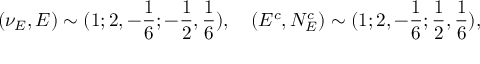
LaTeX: ( \nu _ { E } , E ) \sim ( 1 ; 2 , - { \frac { 1 } { 6 } } ; - { \frac { 1 } { 2 } } , { \frac { 1 } { 6 } } ) , ~ ~ ~ ( E ^ { c } , N _ { E } ^ { c } ) \sim ( 1 ; 2 , - { \frac { 1 } { 6 } } ; { \frac { 1 } { 2 } } , { \frac { 1 } { 6 } } ) ,